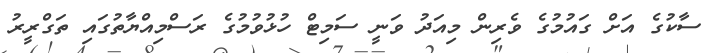
ސާކުގެ އަށް ގައުމުގެ ވެރިން މިއަދު ވަނީ ސަމިޓް ހުޅުވުމުގެ ރަސްމިއްޔާތުގައި ތަގްރީރު